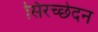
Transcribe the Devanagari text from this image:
सिरच्छेदन